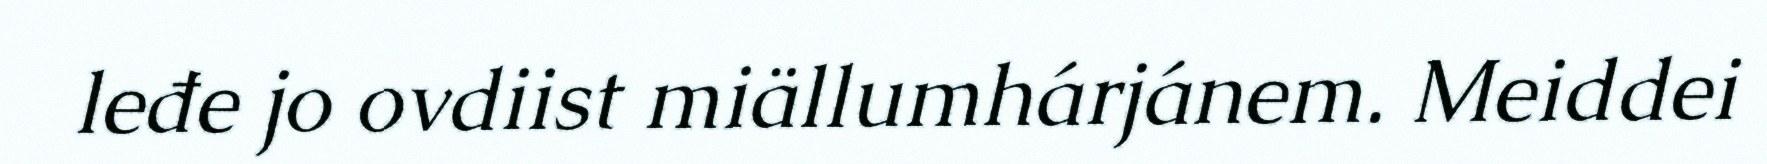
leđe jo ovdiist miällumhárjánem. Meiddei